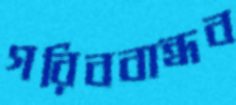
গরিববান্ধব